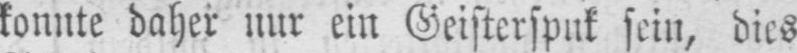
konnte daher nur ein Geisterspuk sein, dies